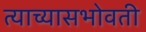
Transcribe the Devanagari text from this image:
त्याच्यासभोवती